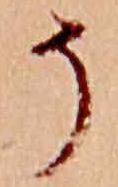
そ